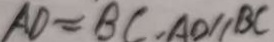
A D = B C , A O / / B C